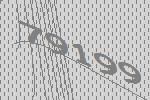
79199